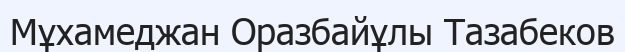
Мұхамеджан Оразбайұлы Тазабеков